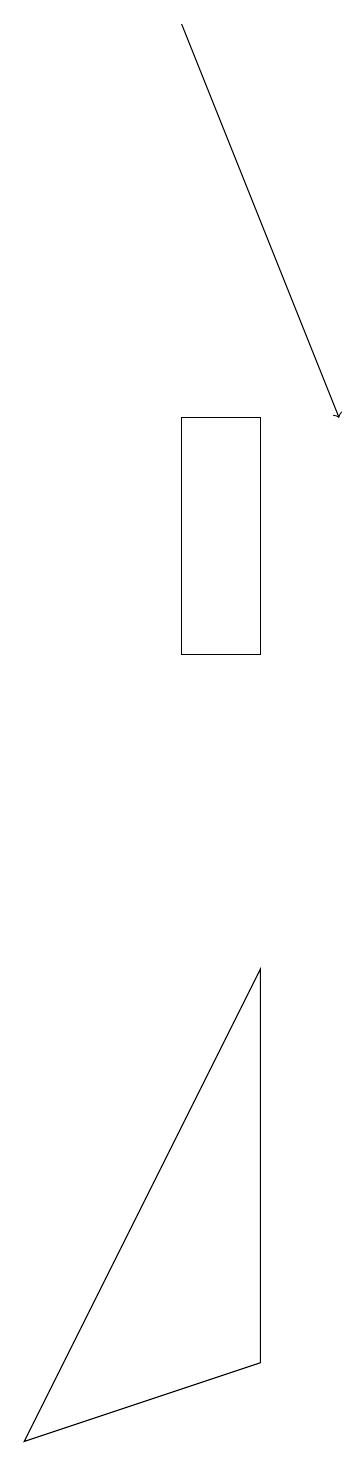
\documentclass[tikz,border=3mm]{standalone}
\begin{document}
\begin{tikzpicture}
\draw (4,14) rectangle (3,11);
\draw (1,1) -- (4,2) -- (4,7) -- cycle;
\draw[->] (3,19) -- (5,14);
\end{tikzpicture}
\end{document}